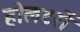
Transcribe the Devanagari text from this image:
होलटरों